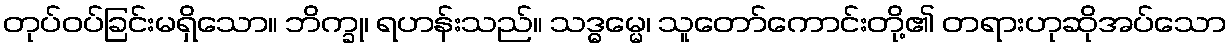
တုပ်ဝပ်ခြင်းမရှိသော။ ဘိက္ခု၊ ရဟန်းသည်။ သဒ္ဓမ္မေ၊ သူတော်ကောင်းတို့၏ တရားဟုဆိုအပ်သော